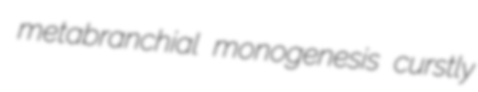
metabranchial monogenesis curstly